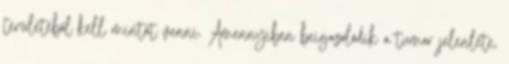
területéből kell mintát venni. Amennyiben beigazolódik a tumor jelenléte,